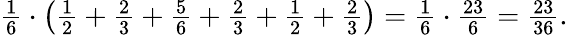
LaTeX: \begin{array}{r}{\frac{1}{6}\cdot\left(\frac{1}{2}+\frac{2}{3}+\frac{5}{6}+\frac{2}{3}+\frac{1}{2}+\frac{2}{3}\right)=\frac{1}{6}\cdot\frac{23}{6}=\frac{23}{36}.}\end{array}